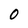
Character: 0